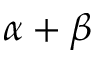
\alpha + \beta